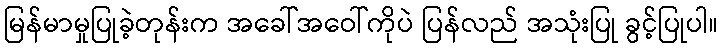
မြန်မာမှုပြုခဲ့တုန်းက အခေါ်အဝေါ်ကိုပဲ ပြန်လည် အသုံးပြု ခွင့်ပြုပါ။